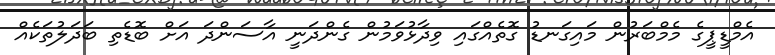
އެމްޑީޕީގެ މެމްބަރުން މައިގަނޑު ގޮތެއްގައި ވިދާޅުވަމުން ގެންދަނީ އާސަންދަ އަށް ބޮޑެތި ބަދަލުތަކެއް